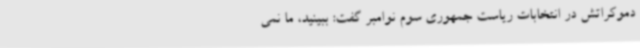
دموکراتش در انتخابات ریاست جمهوری سوم نوامبر گفت: ببینید، ما نمی‌